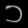
Digit: ၁